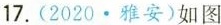
17.(2020·雅安)如图